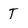
Character: T